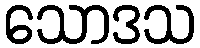
သောဒသ